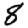
Digit: 8